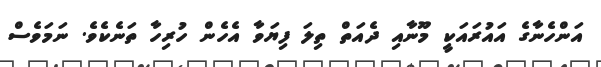
އަންހެނާގެ އައުރައަކީ މޫނާއި ދެއަތް ތިލަ ފިޔަވާ އެހެން ހުރިހާ ތަނެކެވެ. ނަމަވެސް